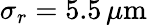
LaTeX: \sigma_{r}=5.5\, \mu\mathrm{m}